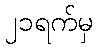
၂၁ရက်မှ